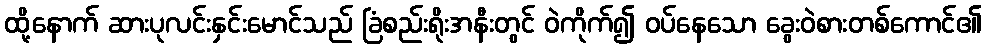
ထို့နောက် ဆားပုလင်းနှင်းမောင်သည် ခြံစည်းရိုးအနီးတွင် ဝဲကိုက်၍ ဝပ်နေသော ခွေးဝဲစားတစ်ကောင်၏